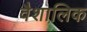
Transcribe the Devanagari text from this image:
वैशालिक